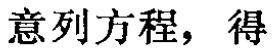
意列方程，得